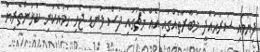
ފިޔަވައި ސަރަޙައްދީ މުބާރާތެއްގައި އެއް މެޗުގައި ފަސް ލަނޑު ޖެހި ހަމައެކަނި ކުޅުންތެރިޔާ